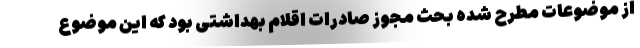
از موضوعات مطرح شده بحث مجوز صادرات اقلام بهداشتی بود که این موضوع